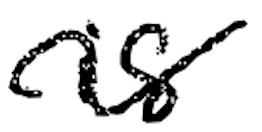
Text: is
Cross-out: wave
Writing tool: digital_black